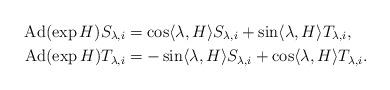
LaTeX: \begin{align*}\mathrm{Ad}(\exp H) S_{\lambda, i} &= \cos \langle \lambda, H \rangle S_{\lambda, i} + \sin \langle \lambda, H \rangle T_{\lambda, i},\\\mathrm{Ad}(\exp H) T_{\lambda, i} &= -\sin \langle \lambda, H \rangle S_{\lambda, i} + \cos \langle \lambda, H \rangle T_{\lambda, i}.\end{align*}